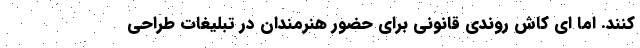
کنند. اما ‌ای کاش روندی قانونی برای حضور هنرمندان در تبلیغات طراحی